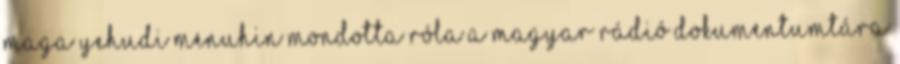
Maga Yehudi Menuhin mondotta róla a Magyar Rádió dokumentumtára